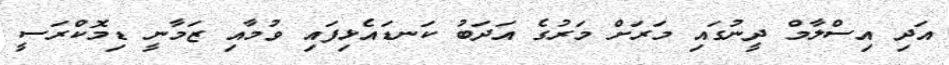
އަދި އިސްލާމް ދީނުގައި މަރަށް މަރުގެ އަދަބު ކަނޑައެޅިފައި ވުމާއި ޒަމާނީ ޑިމޮކްރަސީ